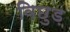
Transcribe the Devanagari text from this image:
विछुड़